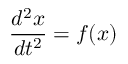
{ \frac { d ^ { 2 } x } { d t ^ { 2 } } } = f ( x )